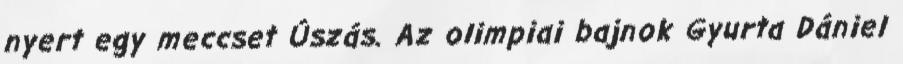
nyert egy meccset Úszás. Az olimpiai bajnok Gyurta Dániel